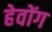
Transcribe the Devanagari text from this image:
हेवोंग